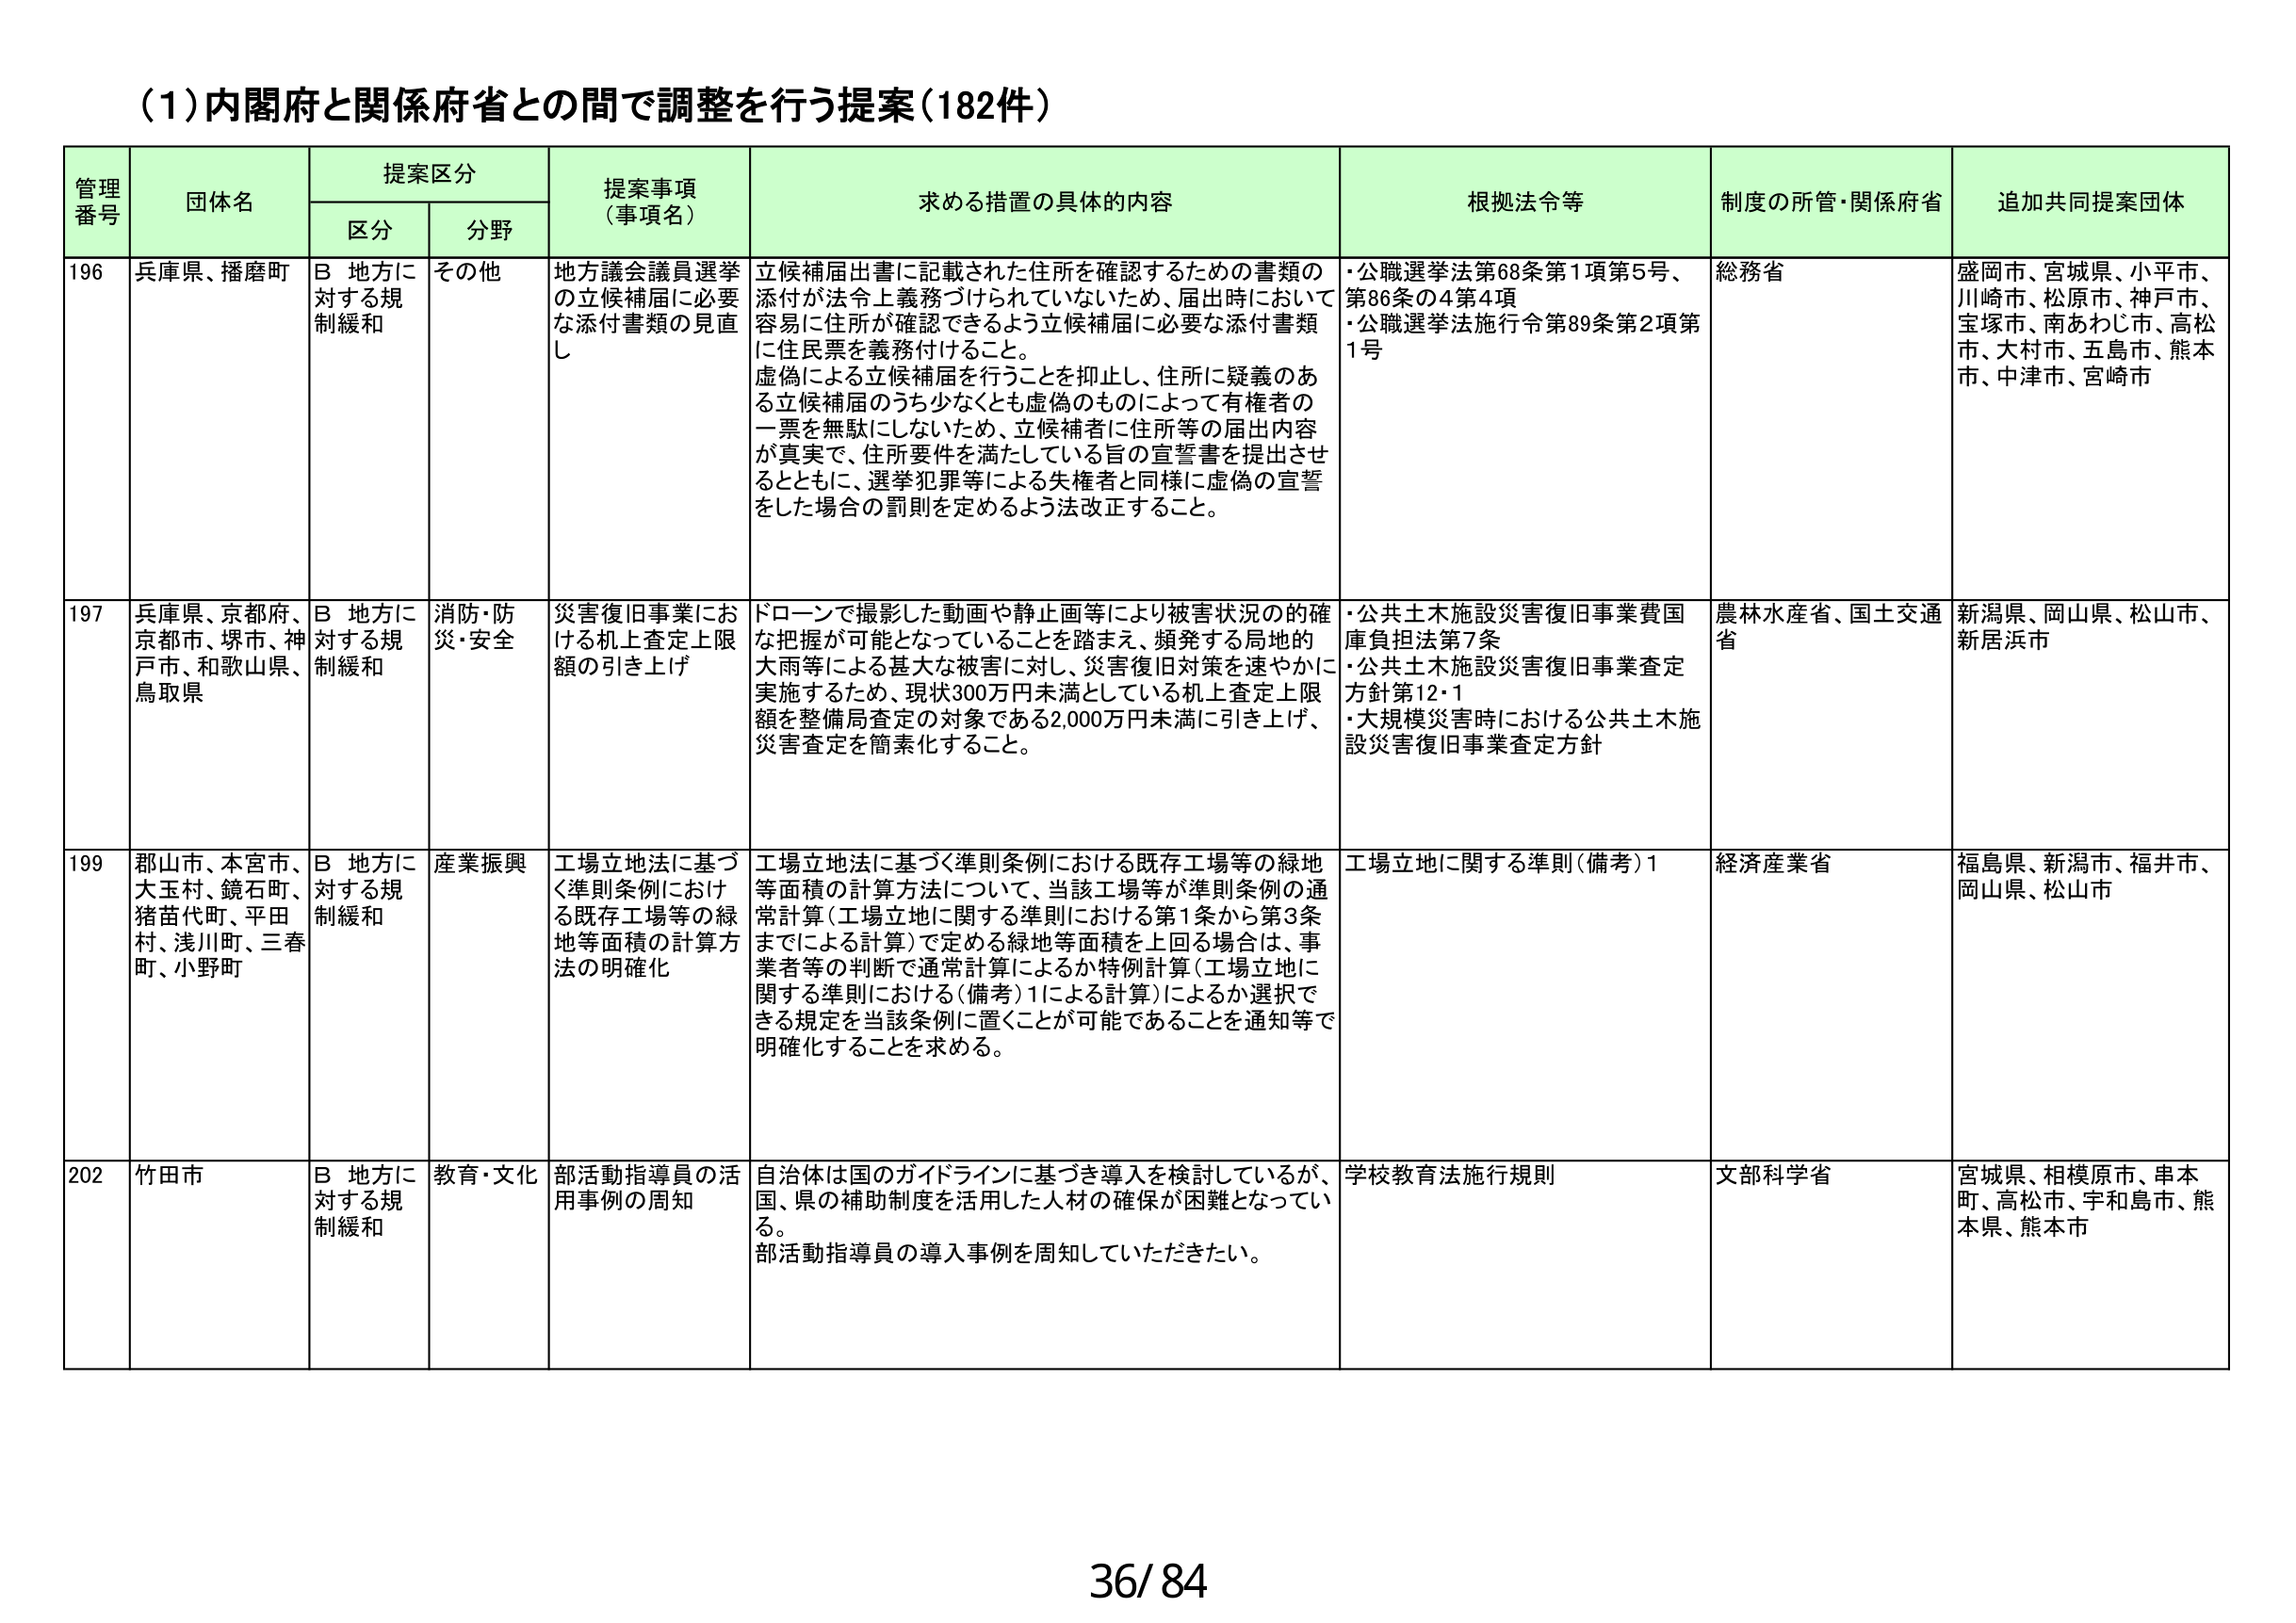
(1)内閣府と関係府省との間で調整を行う提案(182件)

管理番号	団体名	提案区分	提案事項(事項名)	求める措置の具体的内容	根拠法令等	制度の所管・関係府省	追加共同提案団体
		区分	分野
196	兵庫県、播磨町	B 地方に対する規制緩和	その他	地方議会議員選挙の立候補届に必要な添付書類の見直し	立候補届出書に記載された住所を確認するための書類の添付が法令上義務づけられていないため、届出時において容易に住所が確認できるよう立候補届に必要な添付書類に住民票を義務付けること。虚偽による立候補届を行うことを抑止し、住所に疑義のある立候補届のうち少なくとも虚偽のものによって有権者の一票を無駄にしないため、立候補者に住所等の届出内容が真実で、住所要件を満たしている旨の宣誓書を提出させるとともに、選挙犯罪等による失権者と同様に虚偽の宣誓をした場合の罰則を定めるよう法改正すること。	・公職選挙法第68条第1項第5号、第86条の4第4項
・公職選挙法施行令第89条第2項第1号	総務省	盛岡市、宮城県、小平市、川崎市、松原市、神戸市、宝塚市、南あわじ市、高松市、大村市、五島市、熊本市、中津市、宮崎市
197	兵庫県、京都府、京都市、堺市、神戸市、和歌山県、鳥取県	B 地方に対する規制緩和	消防・防災・安全	災害復旧事業における机上査定上限額の引き上げ	ドローンで撮影した動画や静止画等により被害状況の的確な把握が可能となっていることを踏まえ、頻発する局地的大雨等による甚大な被害に対し、災害復旧対策を速やかに実施するため、現状300万円未満としている机上査定上限額を整備局査定の対象である2,000万円未満に引き上げ、災害査定を簡素化すること。	・公共土木施設災害復旧事業費国庫負担法第7条
・公共土木施設災害復旧事業査定方針第12・1
・大規模災害時における公共土木施設災害復旧事業査定方針	農林水産省、国土交通省	新潟県、岡山県、松山市、新居浜市
199	郡山市、本宮市、大玉村、鏡石町、猪苗代町、平田村、浅川町、三春町、小野町	B 地方に対する規制緩和	産業振興	工場立地法に基づく準則条例における既存工場等の緑地等面積の計算方法の明確化	工場立地法に基づく準則条例における既存工場等の緑地等面積の計算方法について、当該工場等が準則条例の通常計算(工場立地に関する準則における第1条から第3条までによる計算)で定める緑地等面積を上回る場合は、事業者等の判断で通常計算によるか特例計算(工場立地に関する準則における(備考)1による計算)によるか選択できる規定を当該条例に置くことが可能であることを通知等で明確化することを求める。	工場立地に関する準則(備考)1	経済産業省	福島県、新潟市、福井市、岡山県、松山市
202	竹田市	B 地方に対する規制緩和	教育・文化	部活動指導員の活用事例の周知	自治体は国のガイドラインに基づき導入を検討しているが、国、県の補助制度を活用した人材の確保が困難となっている。部活動指導員の導入事例を周知していただきたい。	学校教育法施行規則	文部科学省	宮城県、相模原市、串本町、高松市、宇和島市、熊本県、熊本市

36/84